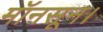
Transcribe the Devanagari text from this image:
मॉनसून।